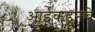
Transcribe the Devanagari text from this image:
आईकडूनचे